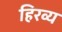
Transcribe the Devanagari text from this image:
हिरव्य